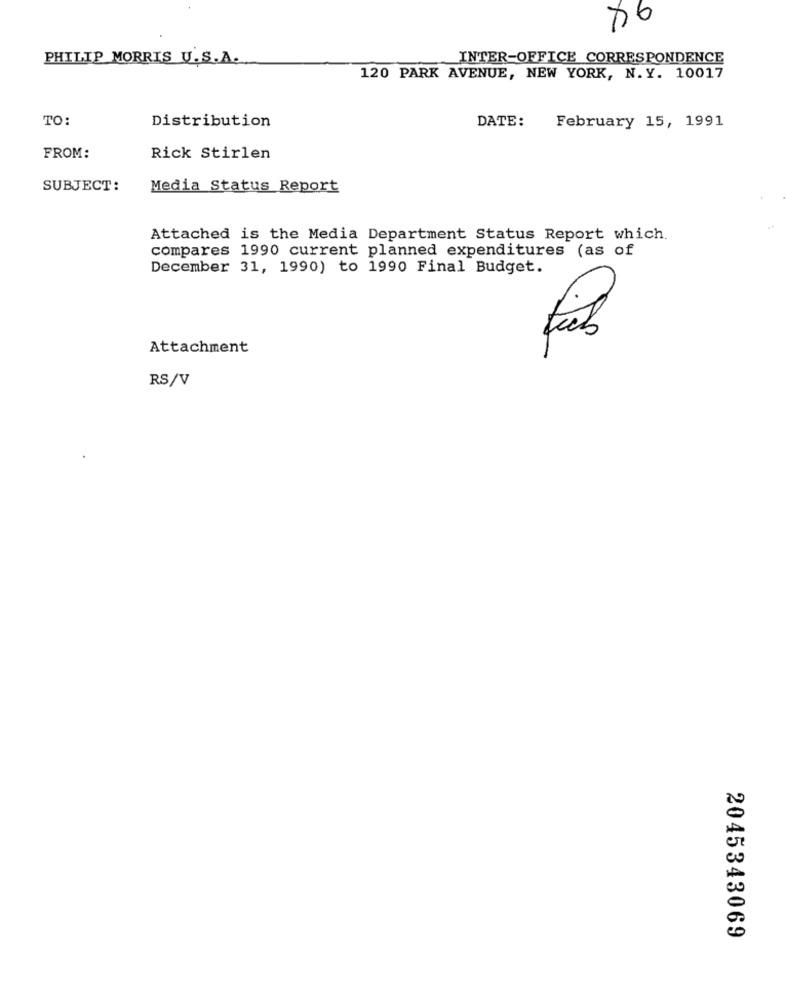
76
PHILIP MORRIS U.S.A.
INTER-OFFICE CORRESPONDENCE
120 PARK AVENUE, NEW YORK, N. Y. 10017
TO:
Distribution
DATE:
February 15, 1991
FROM:
Rick Stirlen
SUBJECT:
Media Status Report
Attached is the Media Department Status Report which.
compares 1990 current planned expenditures (as of
December 31, 1990) to 1990 Final Budget.
Attachment
Fab
RS/V
2045343069